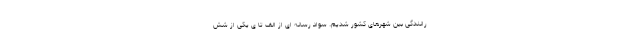
رانندگی بین شهرهای کشور شدیم. سواد رسانه ای از الف تا ی یکی از شش